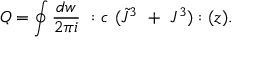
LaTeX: Q = \oint { \frac { d w } { 2 \pi i } } ~ : c ~ ( \tilde { J } ^ { 3 } ~ + ~ J ^ { 3 } ) : ( z ) .